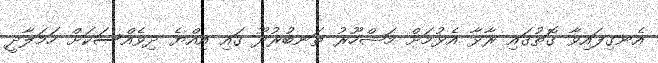
އެނގިފައިވާ ގޮތުގައި ރާޅާ އެޅުމަށް މަޝްހޫރު ތަނބުރުދޫ ގައި އިއްޔެ ދިވެއްސަކަށް ހަމަލާދީ